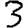
Digit: 3